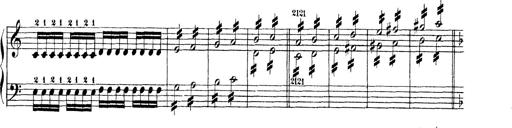
Title: Technische Studien
Composer: Franz Liszt